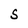
Character: S